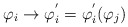
\begin{align*}\varphi_{i} \rightarrow \varphi_{i}^{'} = \varphi_{i}^{'} (\varphi_{j})\end{align*}